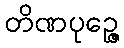
တိဏပုဉ္ဇေ